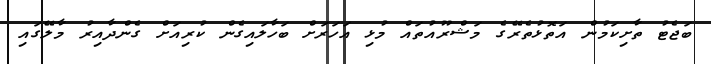
ބަޖެޓު ތާށިކަމުން އަތޮޅުތެރޭގެ މަޝްރޫއުތައް މުޅި އަހަރަށް ބަހާލައިގެން ކުރިއަށް ގެންދާއިރު މާލޭގައި